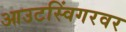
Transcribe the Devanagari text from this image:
आउटस्विंगरवर